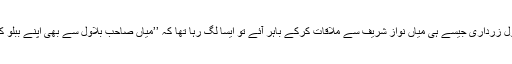
بلاول زرداری کے قریبی ذرائع کا کہنا ہے کہ بلاول زرداری جیسے ہی میاں نواز شریف سے ملاقات کرکے باہر آئے تو ایسا لگ رہا تھا کہ ’’میاں صاحب بلاول سے بھی اپنے ببلو کی طرح چند باتیں کی اور پھر انہیں رخصت کردیا۔